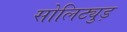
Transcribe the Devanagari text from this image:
सोलिट्युड़